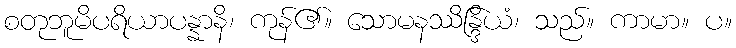
စတုဘူမိပရိယာပန္နာနိ၊ ကုန်၏။ သောမနဿိန္ဒြိယံ၊ သည်။ ကာမာ။ ပ။